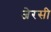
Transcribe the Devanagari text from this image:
जेरसी